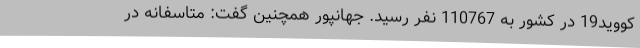
کووید19 در کشور به 110767 نفر رسید. جهانپور همچنین گفت: متاسفانه در